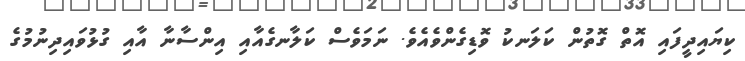
ކިޔައިދީފައި އޮތް ގޮތުން ކަލަނކު ވޮޑިގެންވެއެވެ. ނަމަވެސް ކަލާނގެއާއި އިންސާނާ އާއި ގުޅުވައިދިނުމުގެ